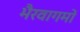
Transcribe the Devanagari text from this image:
भैरवागमों